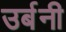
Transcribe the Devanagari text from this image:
उर्बनी